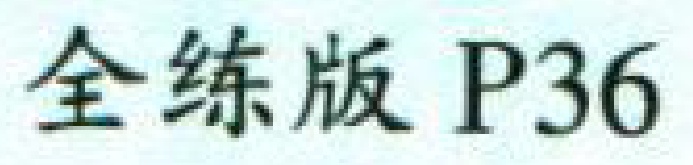
全练版 P36